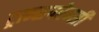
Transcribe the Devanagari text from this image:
ट्रान्सपरेन्सी